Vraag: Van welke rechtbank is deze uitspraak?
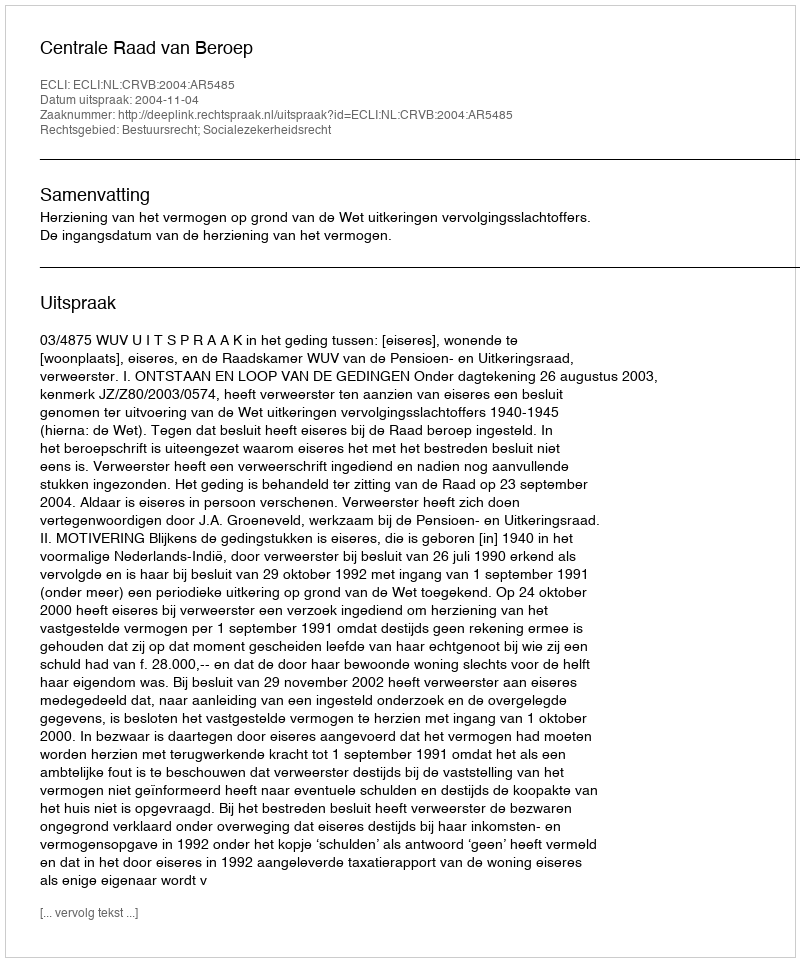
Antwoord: Centrale Raad van Beroep